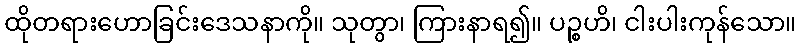
ထိုတရားဟောခြင်းဒေသနာကို။ သုတွာ၊ ကြားနာရ၍။ ပဉ္စဟိ၊ ငါးပါးကုန်သော။